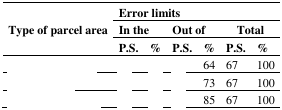
<table><thead><tr><td rowspan="3"><b>Type of parcel area</b></td><td colspan="6"><b>Error limits</b></td></tr><tr><td colspan="2"><b>In the</b></td><td colspan="2"><b>Out of</b></td><td colspan="2"><b>Total</b></td></tr><tr><td><b>P.S.</b></td><td><b>%</b></td><td><b>P.S.</b></td><td><b>%</b></td><td><b>P.S.</b></td><td><b>%</b></td></tr></thead><tbody><tr><td>[EMPTY_CELL]</td><td>[EMPTY_CELL]</td><td>[EMPTY_CELL]</td><td>[EMPTY_CELL]</td><td>64</td><td>67</td><td>100</td></tr><tr><td>[EMPTY_CELL]</td><td>[EMPTY_CELL]</td><td>[EMPTY_CELL]</td><td>[EMPTY_CELL]</td><td>73</td><td>67</td><td>100</td></tr><tr><td>[EMPTY_CELL]</td><td>[EMPTY_CELL]</td><td>[EMPTY_CELL]</td><td>[EMPTY_CELL]</td><td>85</td><td>67</td><td>100</td></tr></tbody></table>